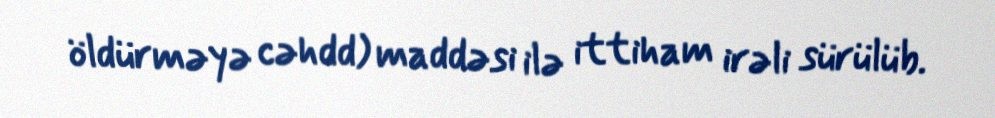
öldürməyə cəhdd) maddəsi ilə ittiham irəli sürülüb.